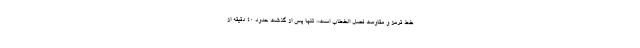
خط قرمز و مقاومت فصل الخطاب است». تنها پس از گذشت حدود ۴۰ دقیقه از